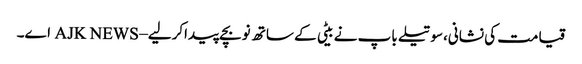
قیامت کی نشانی،سوتیلے باپ نے بیٹی کے ساتھ نوبچے پیداکرلیے – AJK NEWS اے۔